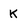
Character: k